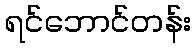
ရင်ဘောင်တန်း